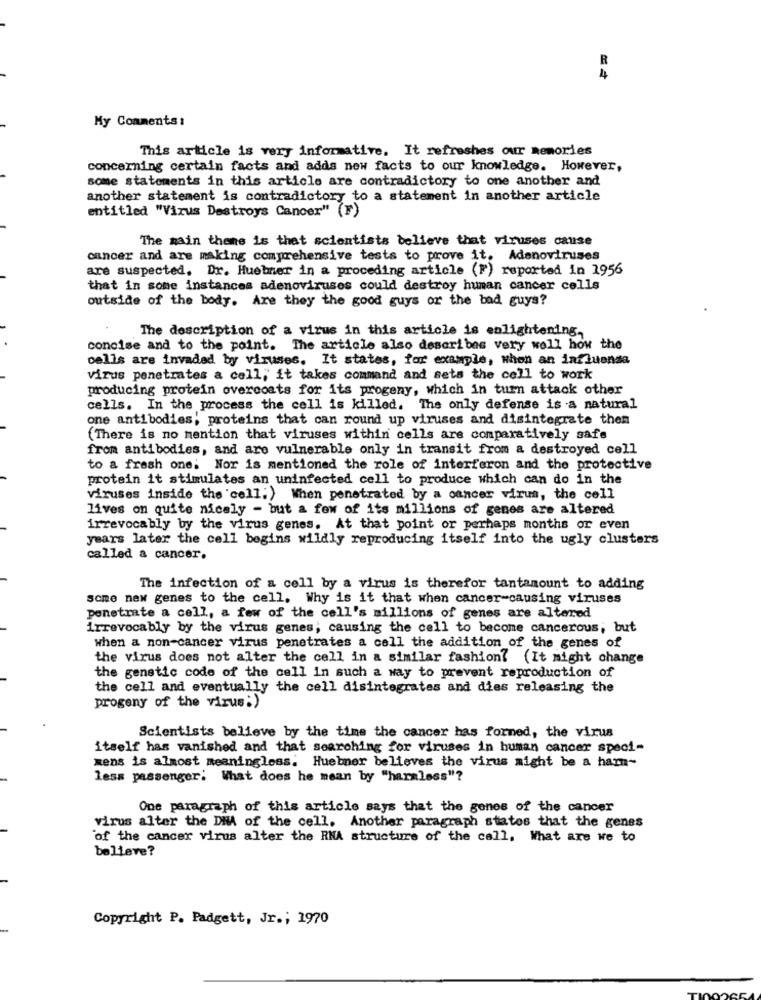
R
4
My Comments:
This article is very informative. It refreshes our memories
concerning certain facts and adds new facts to our knowledge. However,
some statements in this article are contradictory to one another and
another statement is contradictory to a statement in another article
entitled "Virus Destroys Cancer" (F)
The main theme is that scientists believe that viruses cause
cancer and are making comprehensive tests to prove it. Adenoviruses
are suspected. Dr. Huebner in a proceding article (F) reported in 1956
that in some instances adenoviruses could destroy human cancer cells
outside of the body. Are they the good guys or the bad guys?
The description of a virus in this article is enlightening,
concise and to the point. The article also describes very well how the
cells are invaded by viruses. It states, for example, when an influensa
virus penetrates a cell; it takes command and sets the cell to work
producing protein overcoats for its progeny, which in turn attack other
cells. In the process the cell is killed. The only defense is a natural
one antibodies, proteins that can round up viruses and disintegrate then
(There is no mention that viruses within cells are comparatively safe
from antibodies, and are vulnerable only in transit from a destroyed cell
to a fresh one; Nor is mentioned the role of interferon and the protective
protein it stimulates an uninfected cell to produce which can do in the
viruses inside the cell;) When penetrated by a cancer virus, the cell
lives on quite nicely - but a few of its millions of genes are altered
irrevocably by the virus genes. At that point or perhaps months or even
years later the cell begins wildly reproducing itself into the ugly clusters
called a cancer.
The infection of a cell by a virus is therefor tantamount to adding
some new genes to the cell. Why is it that when cancer-causing viruses
penetrate a cell, a few of the cell's millions of genes are altered
irrevocably by the virus genes; causing the cell to become cancerous; but
when a non-cancer virus penetrates a cell the addition of the genes of
the virus does not alter the cell in a similar fashion? (It might change
the genetic code of the cell in such a way to prevent reproduction of
the cell and eventually the cell disintegrates and dies releasing the
progeny of the virus:)
Scientists believe by the time the cancer has formed, the virus
itself has vanished and that searching for viruses in human cancer speci-
mens is almost meaningless. Huebner believes the virus might be a ham-
less passenger; What does he mean by "harmless"?
One paragraph of this article says that the genes of the cancer
virus alter the DIA of the cell. Another paragraph states that the genes
of the cancer virus alter the RNA structure of the call, What are we to
believe?
Copyright P. Padgett, Jr .; 1970